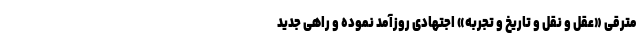
مترقی «عقل و نقل و تاریخ و تجربه» اجتهادی روزآمد نموده و راهی جدید